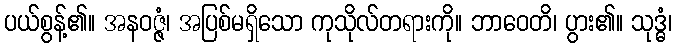
ပယ်စွန့်၏။ အနဝဇ္ဇံ၊ အပြစ်မရှိသော ကုသိုလ်တရားကို။ ဘာဝေတိ၊ ပွား၏။ သုဒ္ဓံ၊